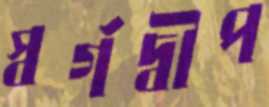
স্বর্গদ্বীপ